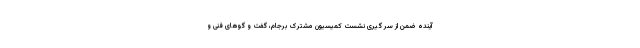
آینده ضمن از سر گیری نشست کمیسیون مشترک برجام، گفت و گوهای فنی و